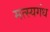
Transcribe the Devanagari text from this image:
मत्स्यगंध